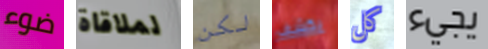
ضوء لملاقاة لكن يكشف كل يجيء